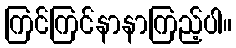
ကြင်ကြင်နာနာကြည့်ပါ။